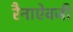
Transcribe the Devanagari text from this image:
रैनाऐवजी